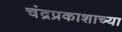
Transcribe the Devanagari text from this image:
चंद्रप्रकाशाच्या